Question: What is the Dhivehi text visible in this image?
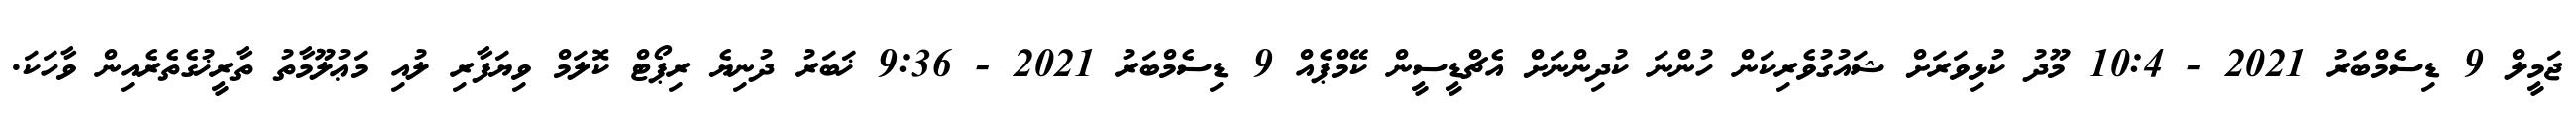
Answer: ޖަމީލް 9 ޑިސެމްބަރު 2021 - 10:4 މޫދު ކުޅިވަރަށް ޝައުގުވެރިކަން ހުންނަ ކުދިންނަށް އެޗްޑީސީން ކޭމްޕެއް 9 ޑިސެމްބަރު 2021 - 9:36 ޚަބަރު ދުނިޔެ ރިޕޯޓް ކޮލަމް ވިޔަފާރި ލުއި މަޢުލޫމާތު ތާރީޚުގެތެރެއިން ވާހަކަ.